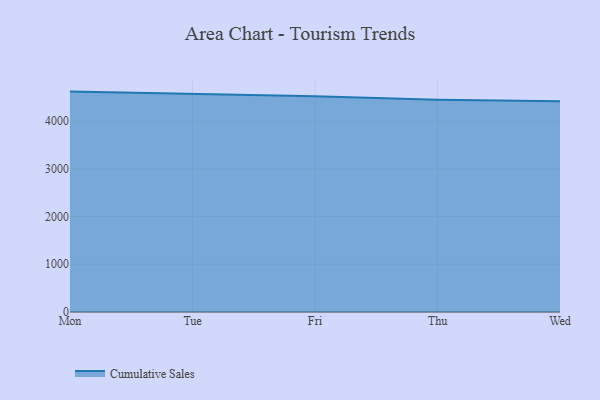
{"axis": {"x": "Day", "y": "Bounce Rate (%)"}, "legend": ["Cumulative Sales"], "data": [{"x": "Mon", "y": 4618.9, "type": "Cumulative Sales"}, {"x": "Tue", "y": 4569.0, "type": "Cumulative Sales"}, {"x": "Fri", "y": 4521.4, "type": "Cumulative Sales"}, {"x": "Thu", "y": 4448.6, "type": "Cumulative Sales"}, {"x": "Wed", "y": 4417.3, "type": "Cumulative Sales"}]}